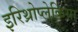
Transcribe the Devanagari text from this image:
इरिथ्रोप्लेकिया